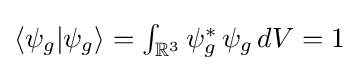
{\textstyle \langle \psi _{g}|\psi _{g}\rangle =\int _{\mathbb {R} ^{3}}\psi _{g}^{*}\,\psi _{g}\,dV=1}